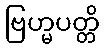
ဗြဟ္မပတ္တိ